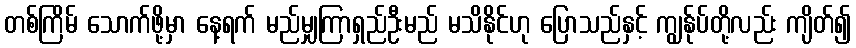
တစ်ကြိမ် သောက်ဖို့မှာ နေ့ရက် မည်မျှကြာရှည်ဦးမည် မသိနိုင်ဟု ပြောသည်နှင့် ကျွန်ုပ်တို့လည်း ကျိတ်၍